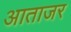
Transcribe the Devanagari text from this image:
आताजर